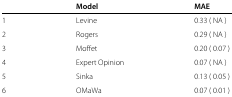
<table><thead><tr><td><b> </b></td><td><b>Model</b></td><td><b>MAE</b></td></tr></thead><tbody><tr><td>1</td><td>Levine</td><td>0.33 (NA)</td></tr><tr><td>2</td><td>Rogers</td><td>0.29 (NA)</td></tr><tr><td>3</td><td>Moffet</td><td>0.20 (0.07)</td></tr><tr><td>4</td><td>Expert Opinion</td><td>0.07 (NA)</td></tr><tr><td>5</td><td>Sinka</td><td>0.13 (0.05)</td></tr><tr><td>6</td><td>OMaWa</td><td>0.07 (0.01)</td></tr></tbody></table>